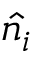
\hat { n _ { i } }